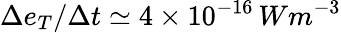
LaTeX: \Delta e_{T}/\Delta t\simeq 4\times 10^{-16}\, Wm^{-3}